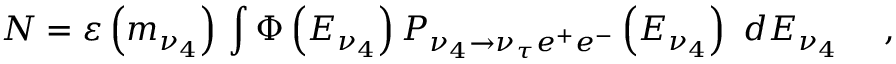
N = \varepsilon \left( { m _ { \nu _ { 4 } } } \right) \, \int { \Phi \left( { E _ { \nu _ { 4 } } } \right) } \, P _ { \nu _ { 4 } \to \nu _ { \tau } e ^ { + } e ^ { - } } \left( { E _ { \nu _ { 4 } } } \right) \, \, d E _ { \nu _ { 4 } } \quad \ ,